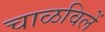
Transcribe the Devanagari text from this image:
चाळविलें